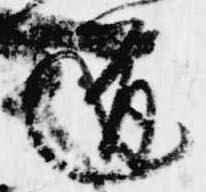
道